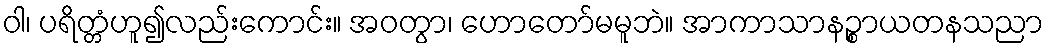
ဝါ၊ ပရိတ္တံဟူ၍လည်းကောင်း။ အဝတွာ၊ ဟောတော်မမူဘဲ။ အာကာသာနဉ္စာယတနသညာ